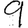
Digit: 9